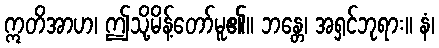
ဣတိအာဟ၊ ဤသို့မိန့်တော်မူ၏။ ဘန္တေ၊ အရှင်ဘုရား။ နံ၊